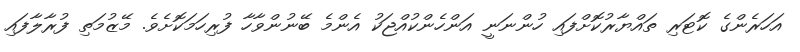
އަހަރެންގެ ކޮޓަރި ތައްޔާރުކޮށްފައި ހުންނަނީ އަންހެންކުއްޖަކު އެންމެ ބޭނުންވާހާ ފުރިހަމަކޮށެވެ. މޭޒުމަތި ފުރާލާފައި